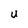
Character: U